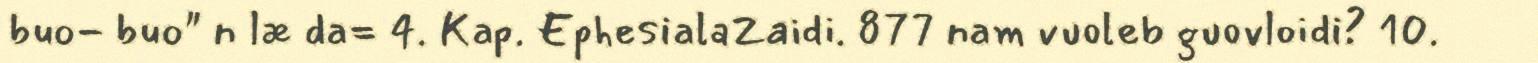
buo- buo" n læ da= 4. Kap. EphesialaZaidi. 877 nam vuoleb guovloidi? 10.